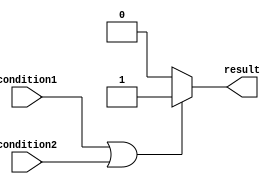
module if_else_statement (
    input wire condition1,
    input wire condition2,
    output reg result
);

always @(*)
begin
    if (condition1 || condition2) begin
        // Execute this block of code if either condition1 or condition2 is true
        result <= 1;
    end
    else begin
        // Execute this block of code if neither condition1 nor condition2 is true
        result <= 0;
    end
end

endmodule